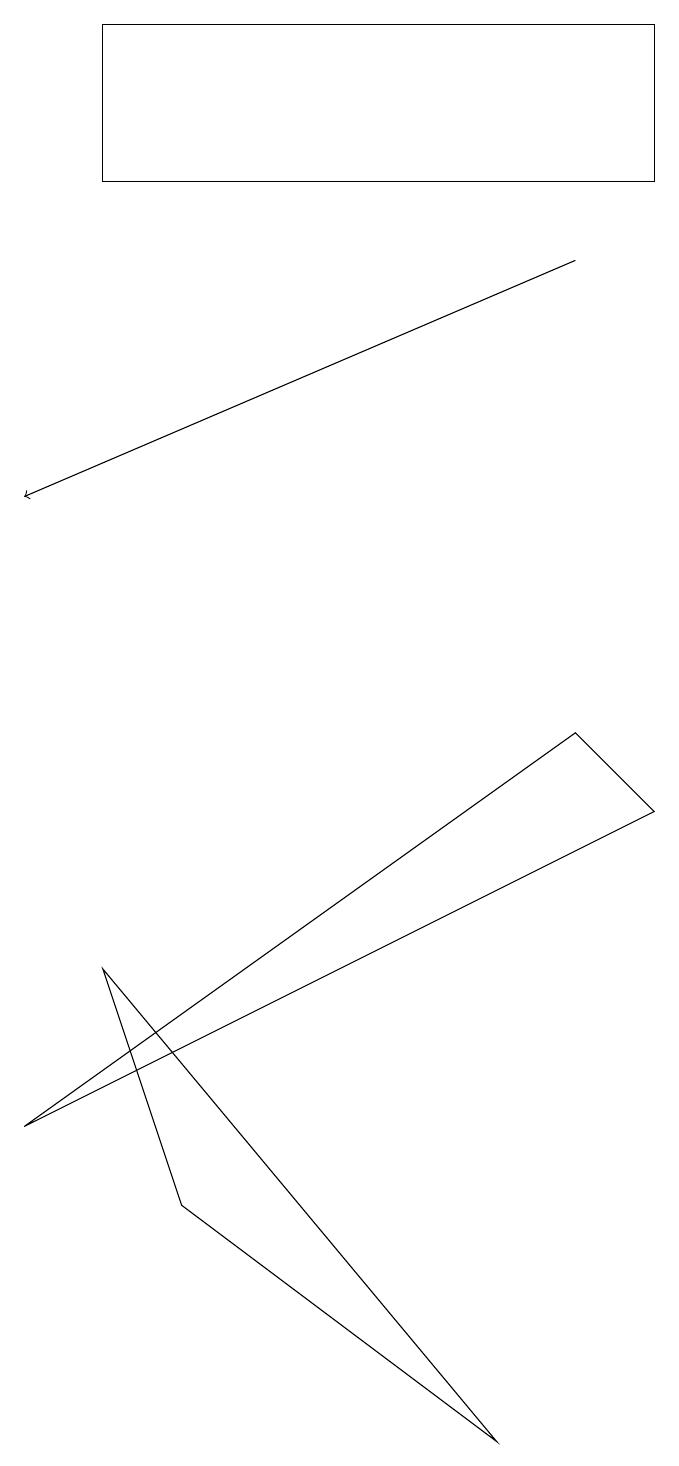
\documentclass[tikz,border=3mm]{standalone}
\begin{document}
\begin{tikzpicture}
\draw (6,0) -- (1,6) -- (2,3) -- cycle;
\draw[->] (7,15) -- (0,12);
\draw (1,18) rectangle (8,16);
\draw (0,4) -- (8,8) -- (7,9) -- cycle;
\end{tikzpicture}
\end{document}